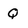
Character: Q